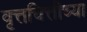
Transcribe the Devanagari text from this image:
वृत्तचित्तीच्या